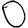
Digit: 0